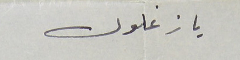
يا زغلول